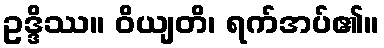
ဥဒ္ဒိဿ။ ဝိယျတိ၊ ရက်အပ်၏။